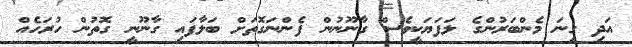
އަދި ގިނަ މެންބަރުންގެ ލަފަޔަކީވެސް ގާނޫނުން ފެންނަގޮތަށް ބަލާފައި ގާނޫނީ ގޮތުން ހުރަހެއް